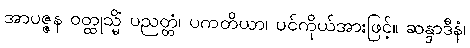
အာပဇ္ဇန ဝတ္ထုသ္မိံ ပညတ္တံ၊ ပကတိယာ၊ ပင်ကိုယ်အားဖြင့်။ ဆန္ဒာဒီနံ၊